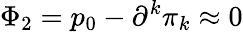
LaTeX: \Phi_{2}=p_{0}-\partial^{k}\pi_{k}\approx 0